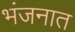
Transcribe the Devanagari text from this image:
भंजनात